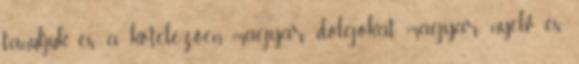
tanuljuk és a kötelezően magyar dolgokat magyar nyelv és